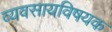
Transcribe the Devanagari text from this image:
व्यवसायविषयक